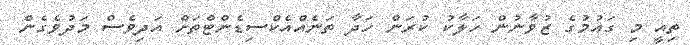
ތިއީ މި ގައުމުގެ ޒުވާނުން ހަލާކު ކުރަން ހަދާ ތަނެއްއެކްސިޑެންޓްތަށް އަދިވެސް މަދުވެގެން